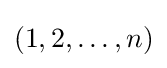
{\textstyle (1,2,\ldots ,n)}